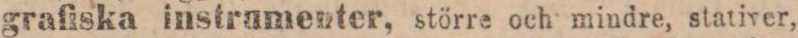
grafiska instrumenter, större och mindre, stativer,